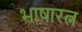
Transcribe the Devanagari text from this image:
भाषारत्न